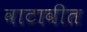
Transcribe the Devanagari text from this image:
वाटावीत